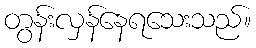
တွန်းလှန်နေရသေးသည်။